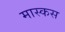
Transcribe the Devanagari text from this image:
मास्कस